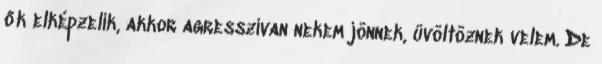
ők elképzelik, akkor agresszívan nekem jönnek, üvöltöznek velem. De